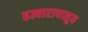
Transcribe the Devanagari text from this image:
हत्यारापासून